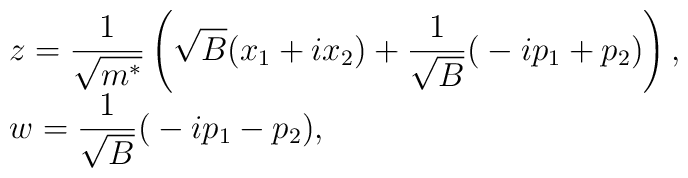
\begin{array}{ll}     z=\displaystyle\frac{1}{\sqrt{m^*}}\left(     \sqrt{B}\big(x_{1}+ix_{2}\big)     +     \frac{1}{\sqrt{B}}\big(-ip_{1}+p_{2}\big)\right),     \hfill\\[8pt]     w=\displaystyle\frac{1}{\sqrt{B}}\big(-ip_{1}-p_{2}\big),\hfill\\     \end{array}